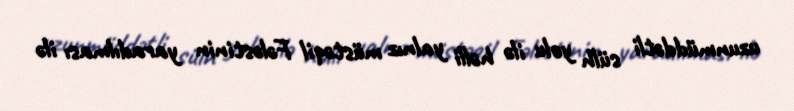
uzunmüddətli sülh yolu ilə həlli yalnız müstəqil Fələstinin yaradılması ilə